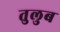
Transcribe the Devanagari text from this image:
तुलुब